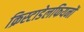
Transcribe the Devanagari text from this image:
क्रिस्टाडेलफियनों